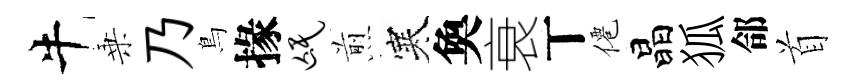
牛乗乃鳥掾氓煎寒奐衰丅僊晶狐郃首